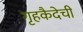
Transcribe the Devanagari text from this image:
गृहकैदेची